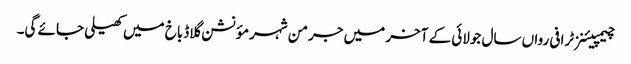
چیمپیئنز ٹرافی رواں سال جولائی کے آخر میں جرمن شہر مؤنشن گلاڈباخ میں کھیلی جائے گی۔